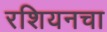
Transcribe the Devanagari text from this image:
रशियनचा